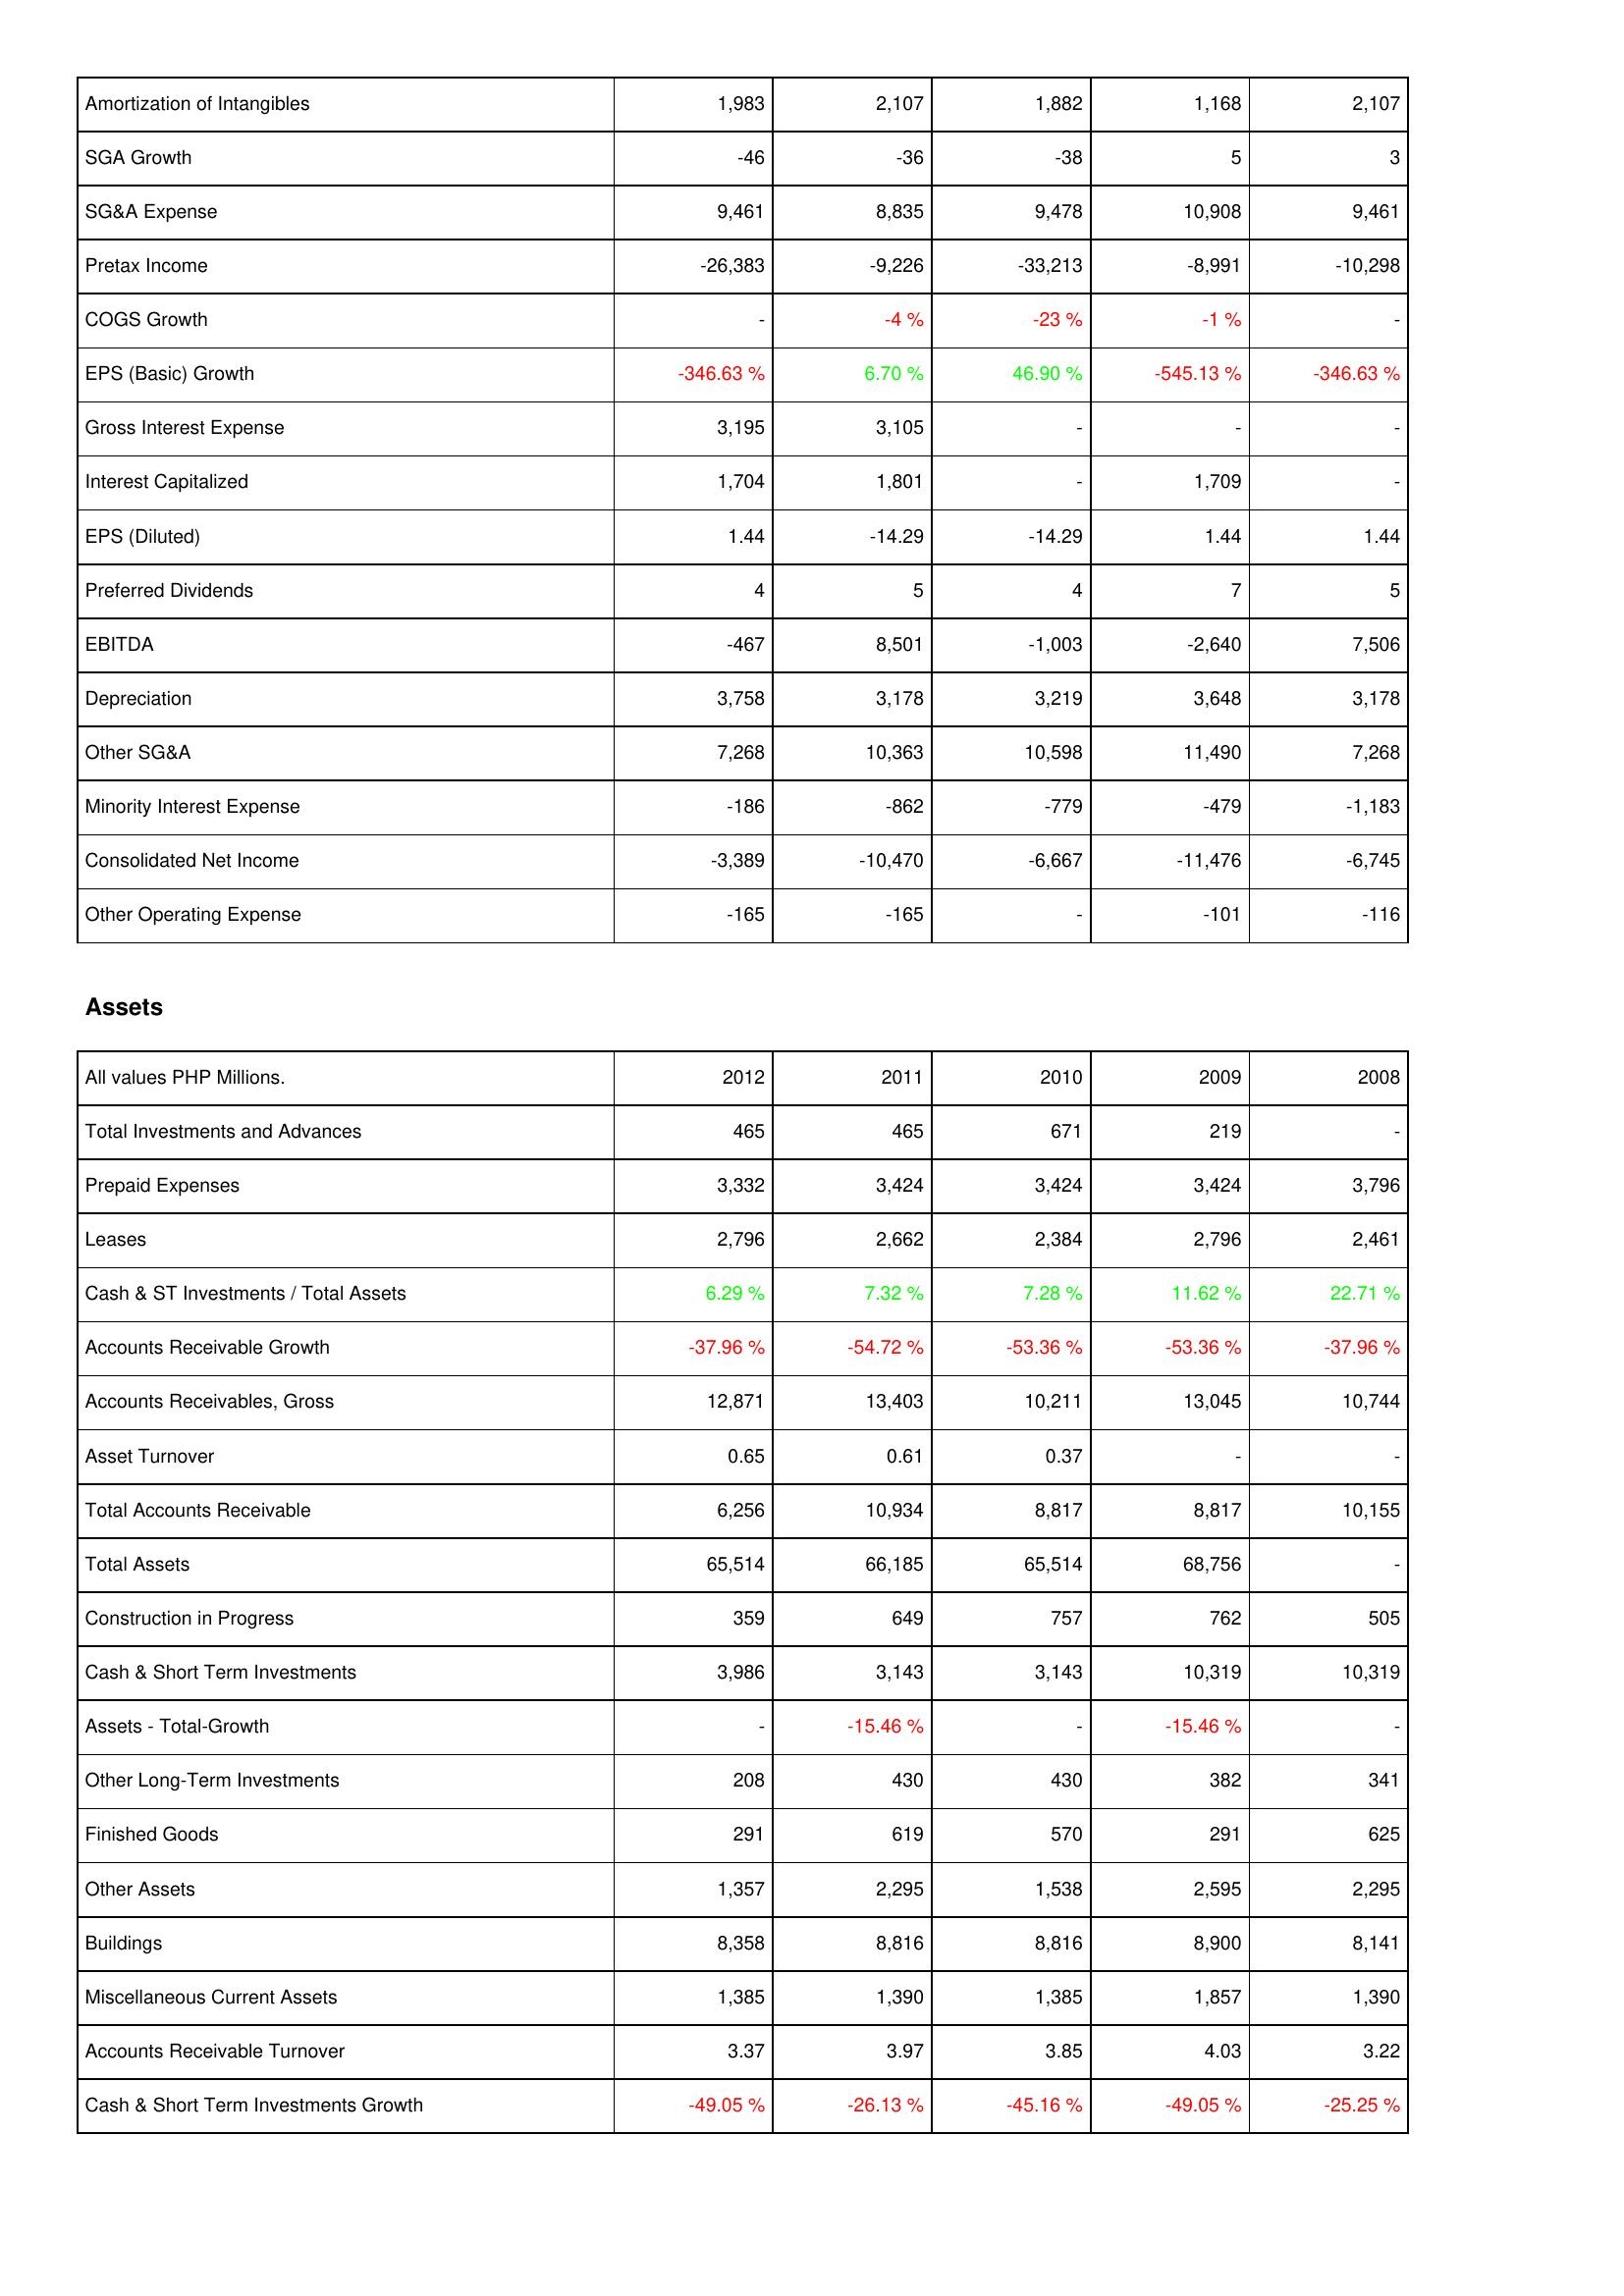
2012: Income Statement: Amortization of Intangibles: 1,983
SGA Growth: -46
SG&A Expense: 9,461
Pretax Income: -26,383
COGS Growth: -
EPS (Basic) Growth: -346.63 %
Gross Interest Expense: 3,195
Interest Capitalized: 1,704
EPS (Diluted): 1.44
Preferred Dividends: 4
EBITDA: -467
Depreciation: 3,758
Other SG&A: 7,268
Minority Interest Expense: -186
Consolidated Net Income: -3,389
Other Operating Expense: -165
Assets: Total Investments and Advances: 465
Prepaid Expenses: 3,332
Leases: 2,796
Cash & ST Investments / Total Assets: 6.29 %
Accounts Receivable Growth: -37.96 %
Accounts Receivables, Gross: 12,871
Asset Turnover: 0.65
Total Accounts Receivable: 6,256
Total Assets: 65,514
Construction in Progress: 359
Cash & Short Term Investments: 3,986
Assets - Total-Growth: -
Other Long-Term Investments: 208
Finished Goods: 291
Other Assets: 1,357
Buildings: 8,358
Miscellaneous Current Assets: 1,385
Accounts Receivable Turnover: 3.37
Cash & Short Term Investments Growth: -49.05 %
2011: Income Statement: Amortization of Intangibles: 2,107
SGA Growth: -36
SG&A Expense: 8,835
Pretax Income: -9,226
COGS Growth: -4 %
EPS (Basic) Growth: 6.70 %
Gross Interest Expense: 3,105
Interest Capitalized: 1,801
EPS (Diluted): -14.29
Preferred Dividends: 5
EBITDA: 8,501
Depreciation: 3,178
Other SG&A: 10,363
Minority Interest Expense: -862
Consolidated Net Income: -10,470
Other Operating Expense: -165
Assets: Total Investments and Advances: 465
Prepaid Expenses: 3,424
Leases: 2,662
Cash & ST Investments / Total Assets: 7.32 %
Accounts Receivable Growth: -54.72 %
Accounts Receivables, Gross: 13,403
Asset Turnover: 0.61
Total Accounts Receivable: 10,934
Total Assets: 66,185
Construction in Progress: 649
Cash & Short Term Investments: 3,143
Assets - Total-Growth: -15.46 %
Other Long-Term Investments: 430
Finished Goods: 619
Other Assets: 2,295
Buildings: 8,816
Miscellaneous Current Assets: 1,390
Accounts Receivable Turnover: 3.97
Cash & Short Term Investments Growth: -26.13 %
2010: Income Statement: Amortization of Intangibles: 1,882
SGA Growth: -38
SG&A Expense: 9,478
Pretax Income: -33,213
COGS Growth: -23 %
EPS (Basic) Growth: 46.90 %
Gross Interest Expense: -
Interest Capitalized: -
EPS (Diluted): -14.29
Preferred Dividends: 4
EBITDA: -1,003
Depreciation: 3,219
Other SG&A: 10,598
Minority Interest Expense: -779
Consolidated Net Income: -6,667
Other Operating Expense: -
Assets: Total Investments and Advances: 671
Prepaid Expenses: 3,424
Leases: 2,384
Cash & ST Investments / Total Assets: 7.28 %
Accounts Receivable Growth: -53.36 %
Accounts Receivables, Gross: 10,211
Asset Turnover: 0.37
Total Accounts Receivable: 8,817
Total Assets: 65,514
Construction in Progress: 757
Cash & Short Term Investments: 3,143
Assets - Total-Growth: -
Other Long-Term Investments: 430
Finished Goods: 570
Other Assets: 1,538
Buildings: 8,816
Miscellaneous Current Assets: 1,385
Accounts Receivable Turnover: 3.85
Cash & Short Term Investments Growth: -45.16 %
2009: Income Statement: Amortization of Intangibles: 1,168
SGA Growth: 5
SG&A Expense: 10,908
Pretax Income: -8,991
COGS Growth: -1 %
EPS (Basic) Growth: -545.13 %
Gross Interest Expense: -
Interest Capitalized: 1,709
EPS (Diluted): 1.44
Preferred Dividends: 7
EBITDA: -2,640
Depreciation: 3,648
Other SG&A: 11,490
Minority Interest Expense: -479
Consolidated Net Income: -11,476
Other Operating Expense: -101
Assets: Total Investments and Advances: 219
Prepaid Expenses: 3,424
Leases: 2,796
Cash & ST Investments / Total Assets: 11.62 %
Accounts Receivable Growth: -53.36 %
Accounts Receivables, Gross: 13,045
Asset Turnover: -
Total Accounts Receivable: 8,817
Total Assets: 68,756
Construction in Progress: 762
Cash & Short Term Investments: 10,319
Assets - Total-Growth: -15.46 %
Other Long-Term Investments: 382
Finished Goods: 291
Other Assets: 2,595
Buildings: 8,900
Miscellaneous Current Assets: 1,857
Accounts Receivable Turnover: 4.03
Cash & Short Term Investments Growth: -49.05 %
2008: Income Statement: Amortization of Intangibles: 2,107
SGA Growth: 3
SG&A Expense: 9,461
Pretax Income: -10,298
COGS Growth: -
EPS (Basic) Growth: -346.63 %
Gross Interest Expense: -
Interest Capitalized: -
EPS (Diluted): 1.44
Preferred Dividends: 5
EBITDA: 7,506
Depreciation: 3,178
Other SG&A: 7,268
Minority Interest Expense: -1,183
Consolidated Net Income: -6,745
Other Operating Expense: -116
Assets: Total Investments and Advances: -
Prepaid Expenses: 3,796
Leases: 2,461
Cash & ST Investments / Total Assets: 22.71 %
Accounts Receivable Growth: -37.96 %
Accounts Receivables, Gross: 10,744
Asset Turnover: -
Total Accounts Receivable: 10,155
Total Assets: -
Construction in Progress: 505
Cash & Short Term Investments: 10,319
Assets - Total-Growth: -
Other Long-Term Investments: 341
Finished Goods: 625
Other Assets: 2,295
Buildings: 8,141
Miscellaneous Current Assets: 1,390
Accounts Receivable Turnover: 3.22
Cash & Short Term Investments Growth: -25.25 %